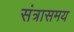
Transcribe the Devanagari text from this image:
संत्रासमय